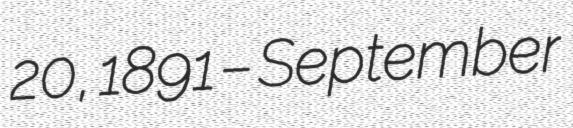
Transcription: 20, 1891 – September